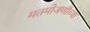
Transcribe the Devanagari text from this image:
मतमोजणीच्या